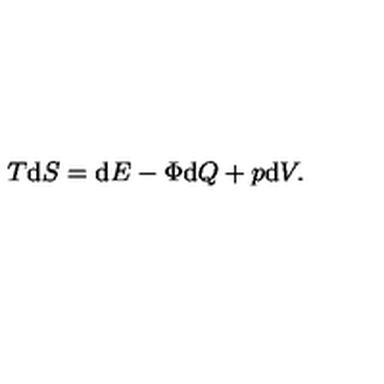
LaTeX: T \mathrm { d } S = \mathrm { d } E - \Phi \mathrm { d } Q + p \mathrm { d } V .